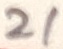
Text: 21